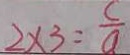
2 \times 3 = \frac { c } { a }